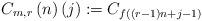
LaTeX: \begin{align*}C_{m,r}\left(n\right)\left(j\right):=C_{f\left(\left(r-1\right)n+j-1\right)}\end{align*}